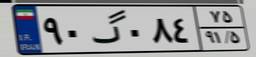
۷۷گ۸۸۹۰۳